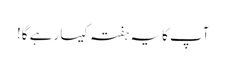
آپ کا یہ ہفتہ کیسا رہے گا!